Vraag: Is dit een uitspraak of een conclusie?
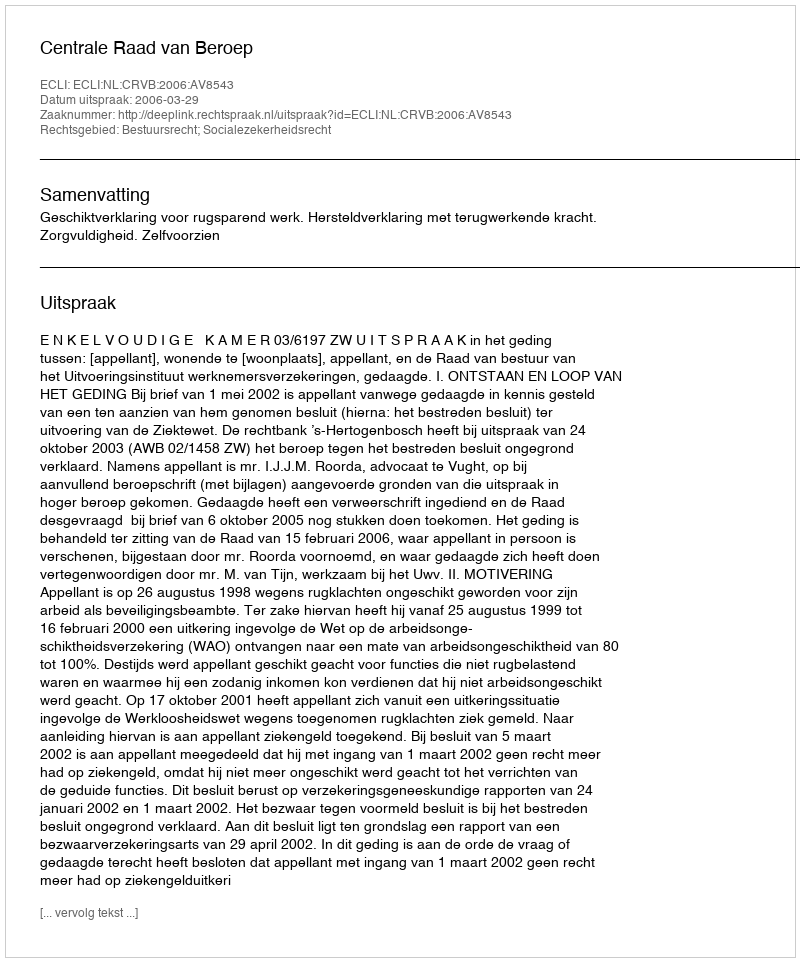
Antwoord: Uitspraak